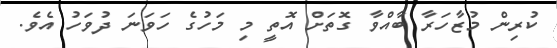
ކުރިން މުޒާހަރާ ބާއްވާ ގޮތަށް އޮތީ މި މަހުގެ ހަވަނަ ދުވަހު އެވެ.